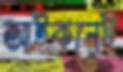
আইকনেই